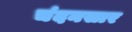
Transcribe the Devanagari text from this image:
चंदनसार